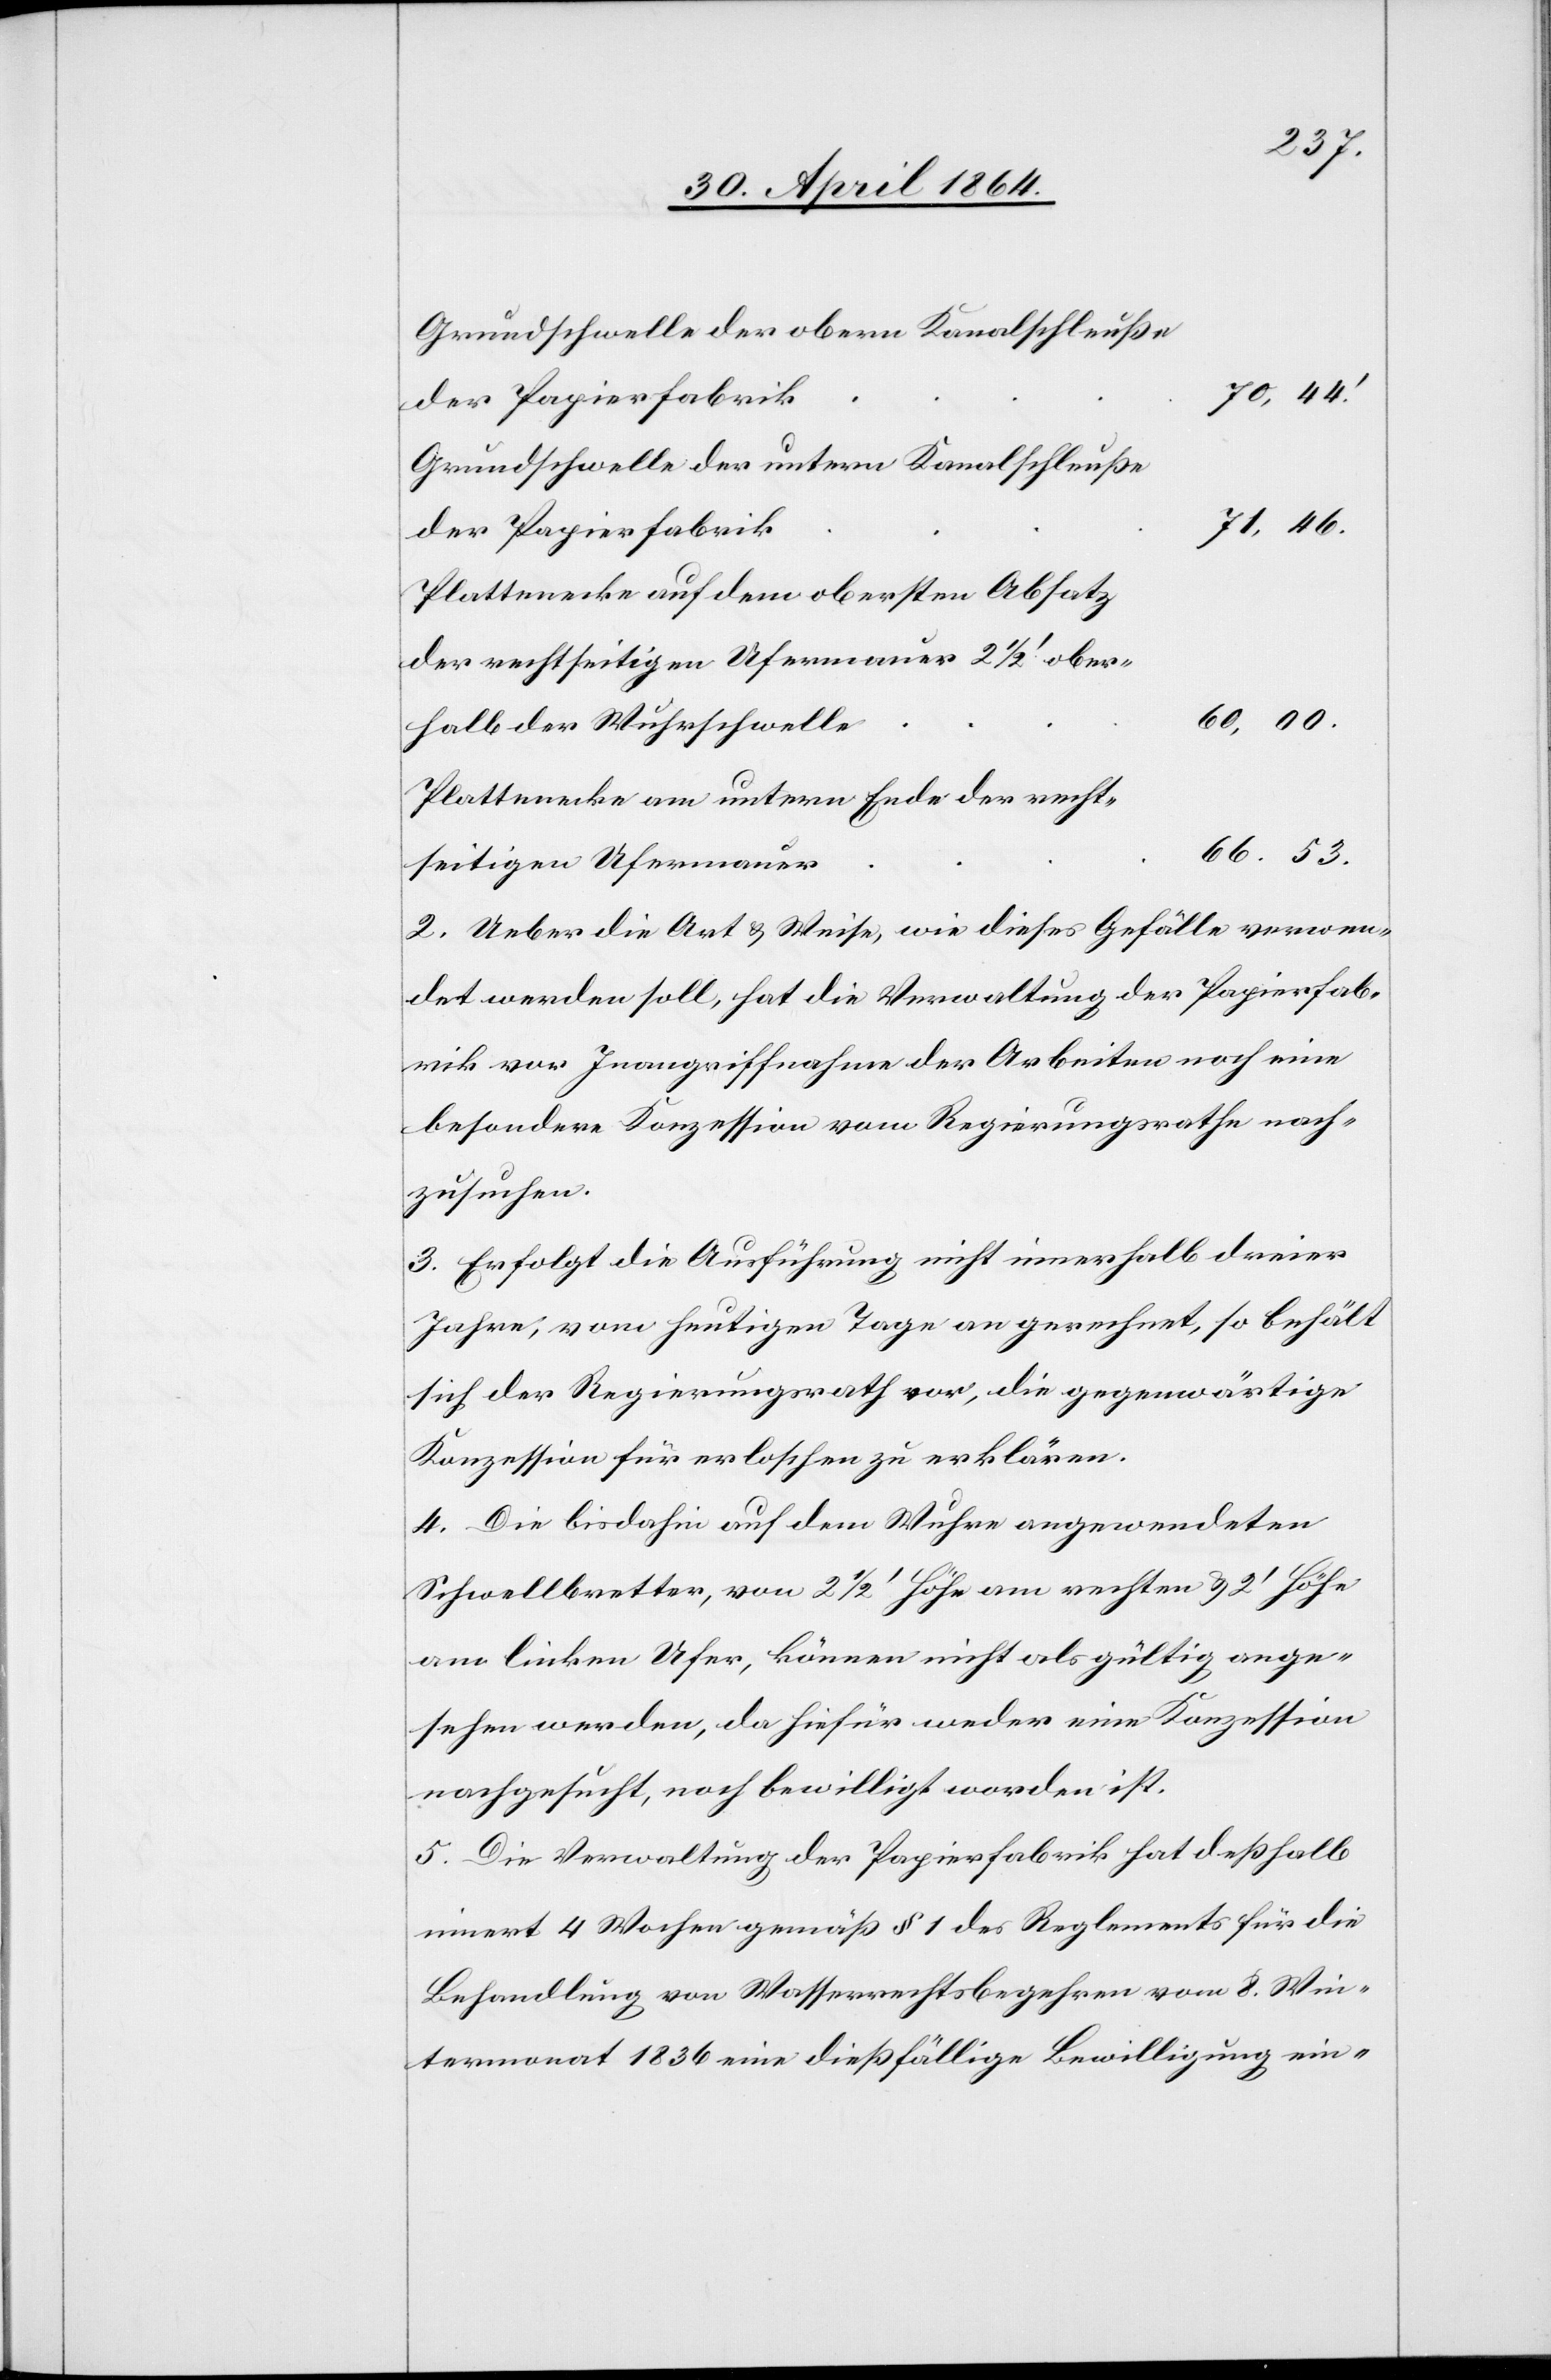
53.
Grundschwelle der obern Kanalschleuße
halb der
Grundschwelle der untern Kanalschleuße
r			66.
der Papierfabri¬
Plattenecke auf dem obersten Absatz
der rechtseitigen Ufermauer 2 1/2’ ober¬
Plattenecke am untern Ende der recht¬
seitigen Ufermaue¬
2. Ueber die Art u. Weise, wie dieses Gefälle verwen¬
det werden soll, hat die Verwaltung der Papierfab¬
rik vor Inangriffnahme der Arbeiten noch eine
besondere Konzession vom Regierungsrathe nach¬
zusuchen.
3. Erfolgt die Ausführung nicht innerhalb dreier
Jahre, vom heutigen Tage an gerechnet, so behält
sich der Regierungsrath vor, die gegenwärtige
Konzession für erloschen zu erklären.
4. Die bis dahin auf dem Wuhre angewendeten
Schwellbretter, von 2 1/2’ Höhe am rechten u. 2’ Höhe
am linken Ufer, können nicht als gültig ange¬
sehen werden, da hiefür weder eine Konzession
nachgesucht, noch bewilligt worden ist.
5. Die Verwaltung der Papierfabrik hat deßhalb
innert 4 Wochen gemäß § 1 des Reglements für die
Behandlung von Wasserrechtsbegehren vom 8. Win¬
termonat 1836 eine dießfällige Bewilligung ein-